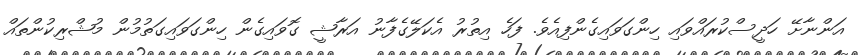
އަންނާށޭ ހަދީސްކުރައްވައި ހިންގަވައިގެންފިއެވެ. ފަހެ އިތުރު އެކަލޭގެފާނު އަރާޝީ ގޮވައިގެން ހިންގަވައިގަތުމުން މުޝްރިކުންތައް